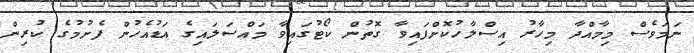
ނަމަވެސް މިމާއްދާ މިހާރު އިސްލާހުކޮށްފައިވާ ގޮތުން ކޯޓުގައިވާ މައްސަލައިގެ އަޑުއެހުން ފެށުމުގެ ކުރިން